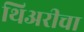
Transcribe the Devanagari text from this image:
थिअरीचा